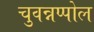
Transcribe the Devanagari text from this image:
चुवन्नप्पोल